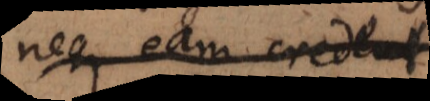
neque eam credent.